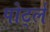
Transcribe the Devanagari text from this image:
पोर्ट्ल